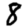
Digit: 8